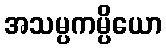
အသမ္ပကမ္ပိယော